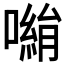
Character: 𭋀